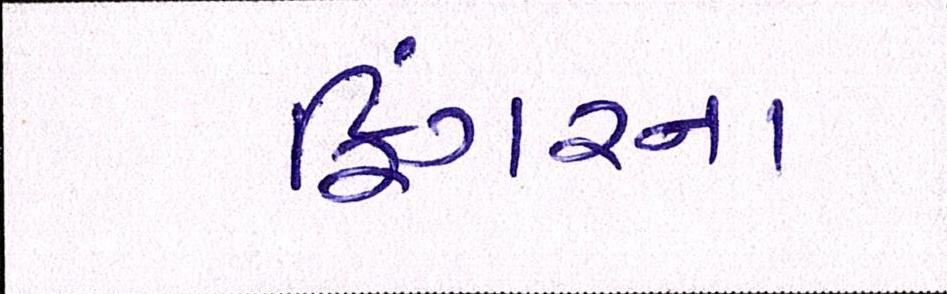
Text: ફિંગરના